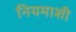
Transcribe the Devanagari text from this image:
नियमाशी